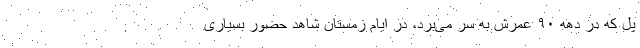
پل که در دهه ۹۰ عمرش به سر می‌برد، در ایام زمستان شاهدِ حضور بسیاری